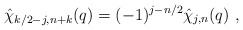
\begin{align*}\hat{\chi}_{k/2-j,n+k} (q) = (-1)^{j - n/2} \hat{\chi}_{j , n} (q) ~,\end{align*}